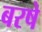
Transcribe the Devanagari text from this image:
बरषे